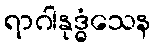
ရာဂါနုဒ္ဓံသေန